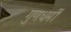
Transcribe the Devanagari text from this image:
गुणधर्मी